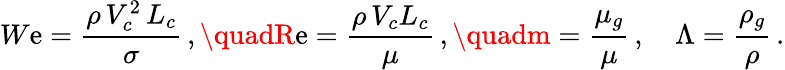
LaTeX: W\mathrm{e}=\frac{{\rho\, V_{c}^{2}\, L_{c}}}{{\sigma}}\, ,\quadR\mathrm{e}=\frac{{\rho\, V_{c}L_{c}}}{{\mu}}\, ,\quadm=\frac{{\mu_{g}}}{{\mu}}\, ,\quad\Lambda=\frac{{\rho_{g}}}{{\rho}}\, .